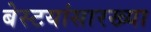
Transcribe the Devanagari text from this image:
बेस्टयांसारख्या